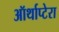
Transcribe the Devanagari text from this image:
ऑर्थाप्टेरा